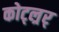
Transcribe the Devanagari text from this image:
कोट्ल्रर्